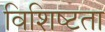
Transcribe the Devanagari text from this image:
विशिष्‍टता